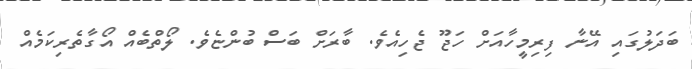
ބަދަލުގައި އޭނާ ފިރިމީހާއަށް ހަޖޫ ޖެހިއެވެ. ބާރަށް ބަސް ބުންޏެވެ. ލޯތްބެއް އޯގާތެރިކަމެއް